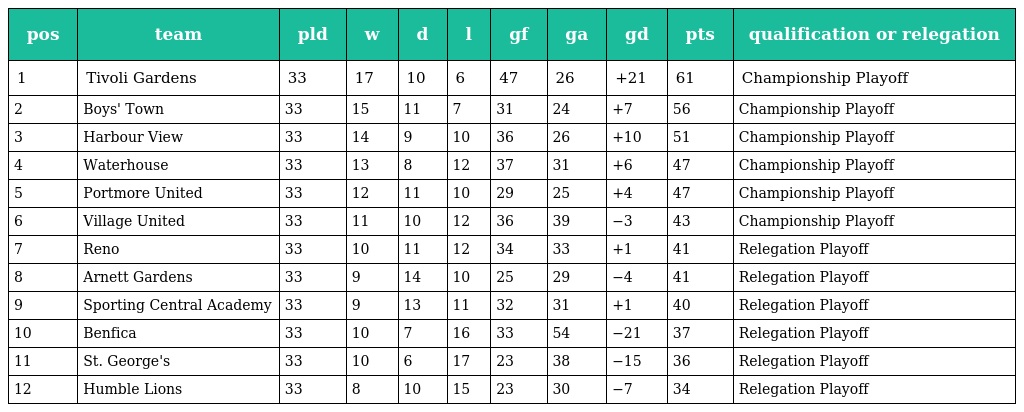
| pos | team | pld | w | d | l | gf | ga | gd | pts | qualification or relegation |
 | --- | --- | --- | --- | --- | --- | --- | --- | --- | --- | --- |
 | 1 | Tivoli Gardens | 33 | 17 | 10 | 6 | 47 | 26 | +21 | 61 | Championship Playoff |
 | 2 | Boys' Town | 33 | 15 | 11 | 7 | 31 | 24 | +7 | 56 | Championship Playoff |
 | 3 | Harbour View | 33 | 14 | 9 | 10 | 36 | 26 | +10 | 51 | Championship Playoff |
 | 4 | Waterhouse | 33 | 13 | 8 | 12 | 37 | 31 | +6 | 47 | Championship Playoff |
 | 5 | Portmore United | 33 | 12 | 11 | 10 | 29 | 25 | +4 | 47 | Championship Playoff |
 | 6 | Village United | 33 | 11 | 10 | 12 | 36 | 39 | −3 | 43 | Championship Playoff |
 | 7 | Reno | 33 | 10 | 11 | 12 | 34 | 33 | +1 | 41 | Relegation Playoff |
 | 8 | Arnett Gardens | 33 | 9 | 14 | 10 | 25 | 29 | −4 | 41 | Relegation Playoff |
 | 9 | Sporting Central Academy | 33 | 9 | 13 | 11 | 32 | 31 | +1 | 40 | Relegation Playoff |
 | 10 | Benfica | 33 | 10 | 7 | 16 | 33 | 54 | −21 | 37 | Relegation Playoff |
 | 11 | St. George's | 33 | 10 | 6 | 17 | 23 | 38 | −15 | 36 | Relegation Playoff |
 | 12 | Humble Lions | 33 | 8 | 10 | 15 | 23 | 30 | −7 | 34 | Relegation Playoff |